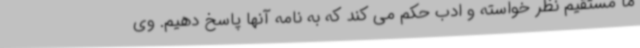
ما مستقیم نظر خواسته و ادب حکم می کند که به نامه آنها پاسخ دهیم. وی